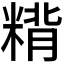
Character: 𰫂